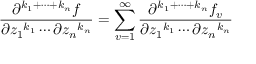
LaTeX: { \frac { \partial ^ { k _ { 1 } + \cdots + k _ { n } } f } { \partial { z _ { 1 } } ^ { k _ { 1 } } \cdots \partial { z _ { n } } ^ { k _ { n } } } } = \sum _ { v = 1 } ^ { \infty } { \frac { \partial ^ { k _ { 1 } + \cdots + k _ { n } } f _ { v } } { \partial { z _ { 1 } } ^ { k _ { 1 } } \cdots \partial { z _ { n } } ^ { k _ { n } } } }